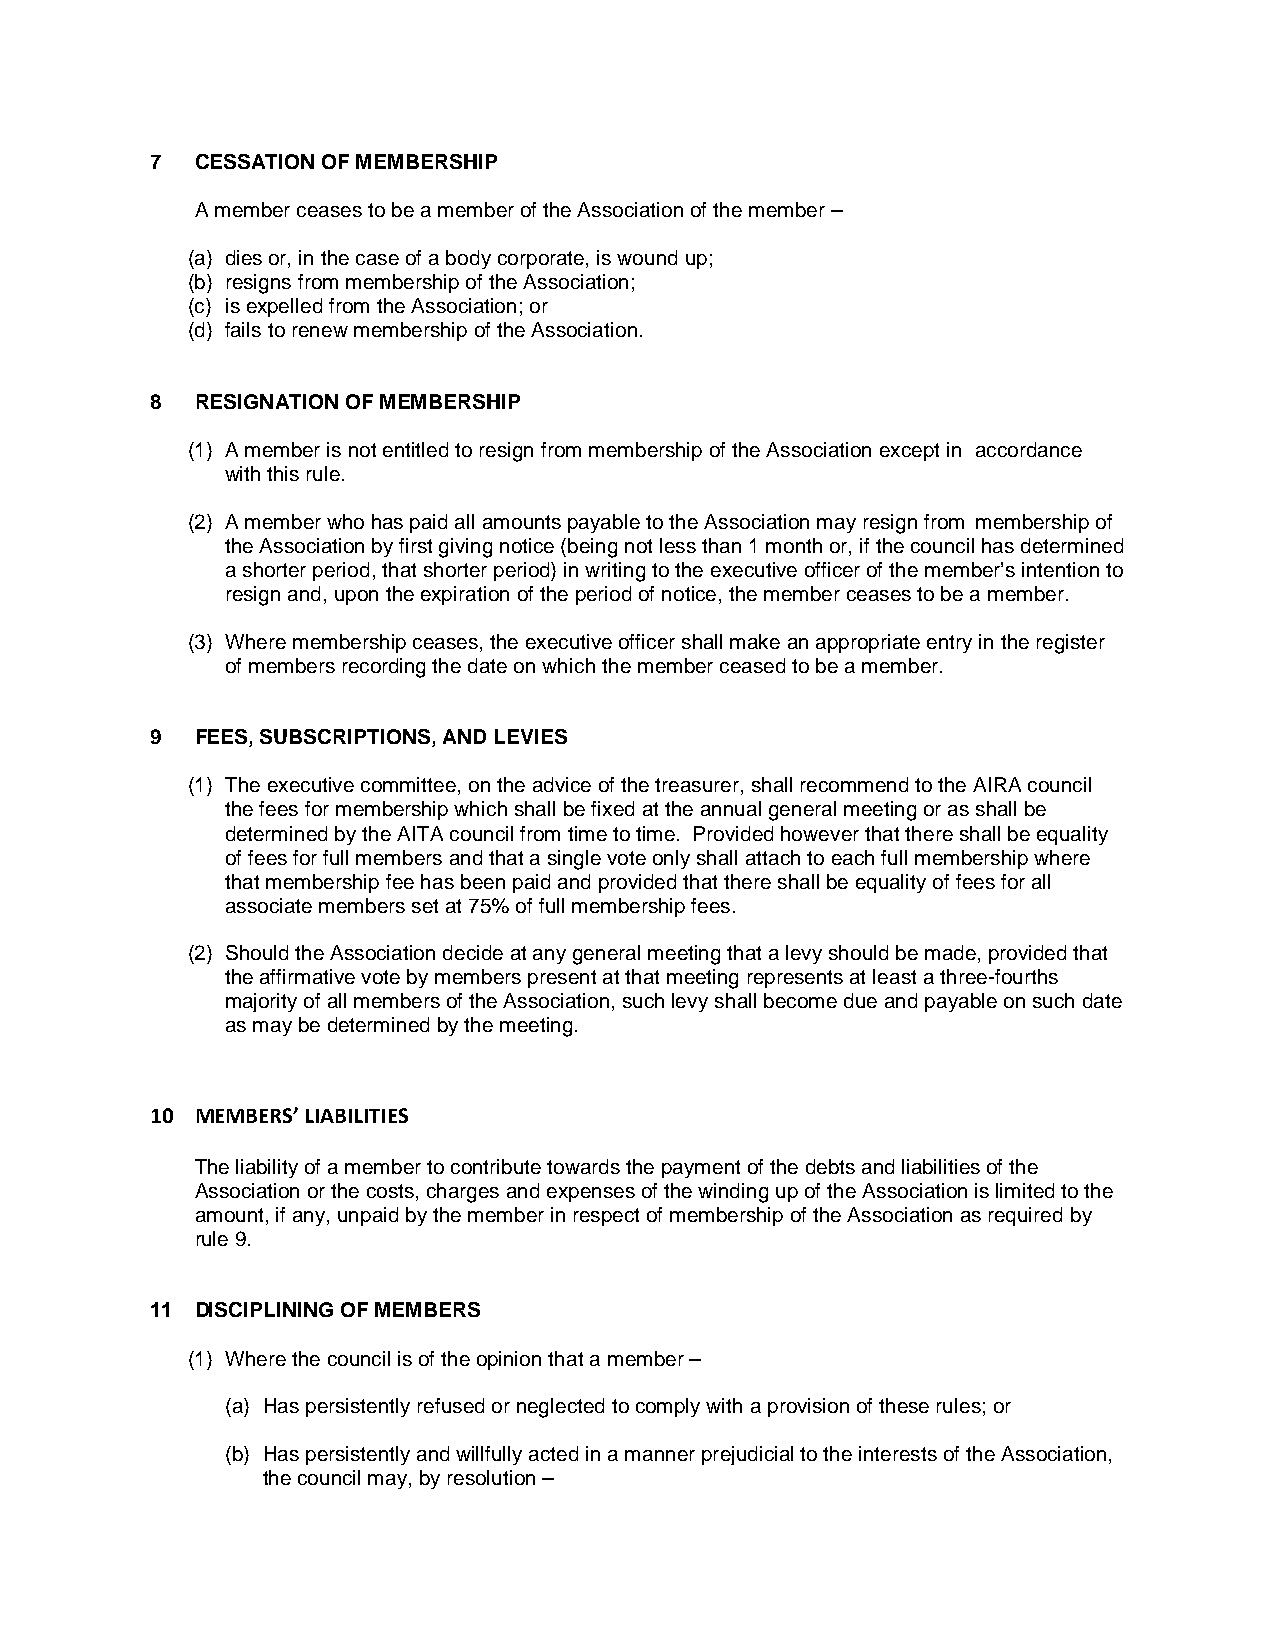
7  CESSATIONOFMEMBERSHIP
 AmemberceasestobeamemberoftheAssociationofthemember–
 (a) diesor,inthecaseofabodycorporate,iswoundup;
 (b) resignsfrommembershipoftheAssociation;
 (c) isexpelledfromtheAssociation;or
 (d) failstorenewmembershipoftheAssociation.
 8  RESIGNATIONOFMEMBERSHIP
 (1) AmemberisnotentitledtoresignfrommembershipoftheAssociationexceptin accordance
 withthisrule.
 (2) AmemberwhohaspaidallamountspayabletotheAssociationmayresignfrom membershipof
 theAssociationbyfirstgivingnotice(beingnotlessthan1monthor,ifthecouncilhasdetermined
 ashorterperiod,thatshorterperiod)inwritingtotheexecutiveofficerofthemember’sintentionto
 resignand,upontheexpirationoftheperiodofnotice,thememberceasestobeamember.
 (3) Wheremembershipceases,theexecutiveofficershallmakeanappropriateentryintheregister
 ofmembersrecordingthedateonwhichthememberceasedtobeamember.
 9  FEES,SUBSCRIPTIONS,ANDLEVIES
 (1) Theexecutivecommittee,ontheadviceofthetreasurer,shallrecommendtotheAIRAcouncil
 thefeesformembershipwhichshallbefixedattheannualgeneralmeetingorasshallbe
 determinedbytheAITAcouncilfromtimetotime. Providedhoweverthatthereshallbeequality
 offeesforfullmembersandthatasinglevoteonlyshallattachtoeachfullmembershipwhere
 thatmembershipfeehasbeenpaidandprovidedthatthereshallbeequalityoffeesforall
 associatememberssetat75%offullmembershipfees.
 (2) ShouldtheAssociationdecideatanygeneralmeetingthatalevyshouldbemade,providedthat
 theaffirmativevotebymemberspresentatthatmeetingrepresentsatleastathree-fourths
 majorityofallmembersoftheAssociation,suchlevyshallbecomedueandpayableonsuchdate
 asmaybedeterminedbythemeeting.
 10 MEMBERS’LIABILITIES
 Theliabilityofamembertocontributetowardsthepaymentofthedebtsandliabilitiesofthe
 Associationorthecosts,chargesandexpensesofthewindingupoftheAssociationislimitedtothe
 amount,ifany,unpaidbythememberinrespectofmembershipoftheAssociationasrequiredby
 rule9.
 11 DISCIPLININGOFMEMBERS
 (1) Wherethecouncilisoftheopinionthatamember–
 (a) Haspersistentlyrefusedorneglectedtocomplywithaprovisionoftheserules;or
 (b) HaspersistentlyandwillfullyactedinamannerprejudicialtotheinterestsoftheAssociation,
 thecouncilmay,byresolution–